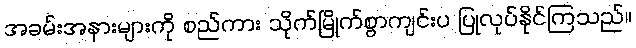
အခမ်းအနားများကို စည်ကား သိုက်မြိုက်စွာကျင်းပ ပြုလုပ်နိုင်ကြသည်။